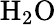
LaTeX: \mathrm{H_{2}O}